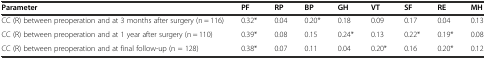
<table><thead><tr><td><b>Parameter</b></td><td><b>PF</b></td><td><b>RP</b></td><td><b>BP</b></td><td><b>GH</b></td><td><b>VT</b></td><td><b>SF</b></td><td><b>RE</b></td><td><b>MH</b></td></tr></thead><tbody><tr><td>CC (R) between preoperation and at 3 months after surgery (n = 116)</td><td>0.32*</td><td>0.04</td><td>0.20*</td><td>0.18</td><td>0.09</td><td>0.17</td><td>0.04</td><td>0.13</td></tr><tr><td>CC (R) between preoperation and at 1 year after surgery (n = 110)</td><td>0.39*</td><td>0.08</td><td>0.15</td><td>0.24*</td><td>0.13</td><td>0.22*</td><td>0.19*</td><td>0.08</td></tr><tr><td>CC (R) between preoperation and at final follow-up (n = 128)</td><td>0.38*</td><td>0.07</td><td>0.11</td><td>0.04</td><td>0.20*</td><td>0.16</td><td>0.20*</td><td>0.12</td></tr></tbody></table>